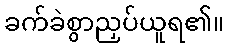
ခက်ခဲစွာညှပ်ယူရ၏။